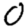
Digit: 0